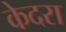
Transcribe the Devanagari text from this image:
केदरा